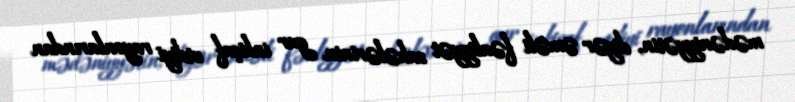
mədəniyyətin, digər əməli fəaliyyət sahələrinin gur inkişaf etdiyi rayonlarından